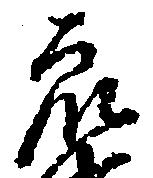
衆